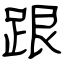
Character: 跟